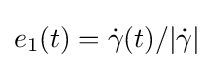
e_{1}(t)={\dot {\gamma }}(t)/|{\dot {\gamma }}|